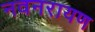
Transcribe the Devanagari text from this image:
नवनरायण